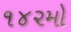
૧૪૨મો